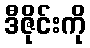
ဒီဇိုင်းကို